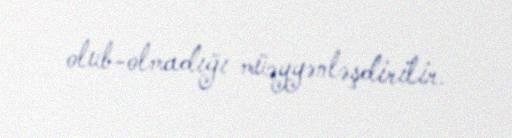
olub-olmadığı müəyyənləşdirilir.